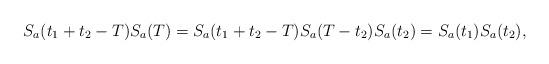
LaTeX: \begin{align*}S_a(t_1+t_2-T)S_a(T)=S_a(t_1+t_2-T)S_a(T-t_2)S_a(t_2)=S_a(t_1)S_a(t_2),\end{align*}